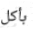
بأكل